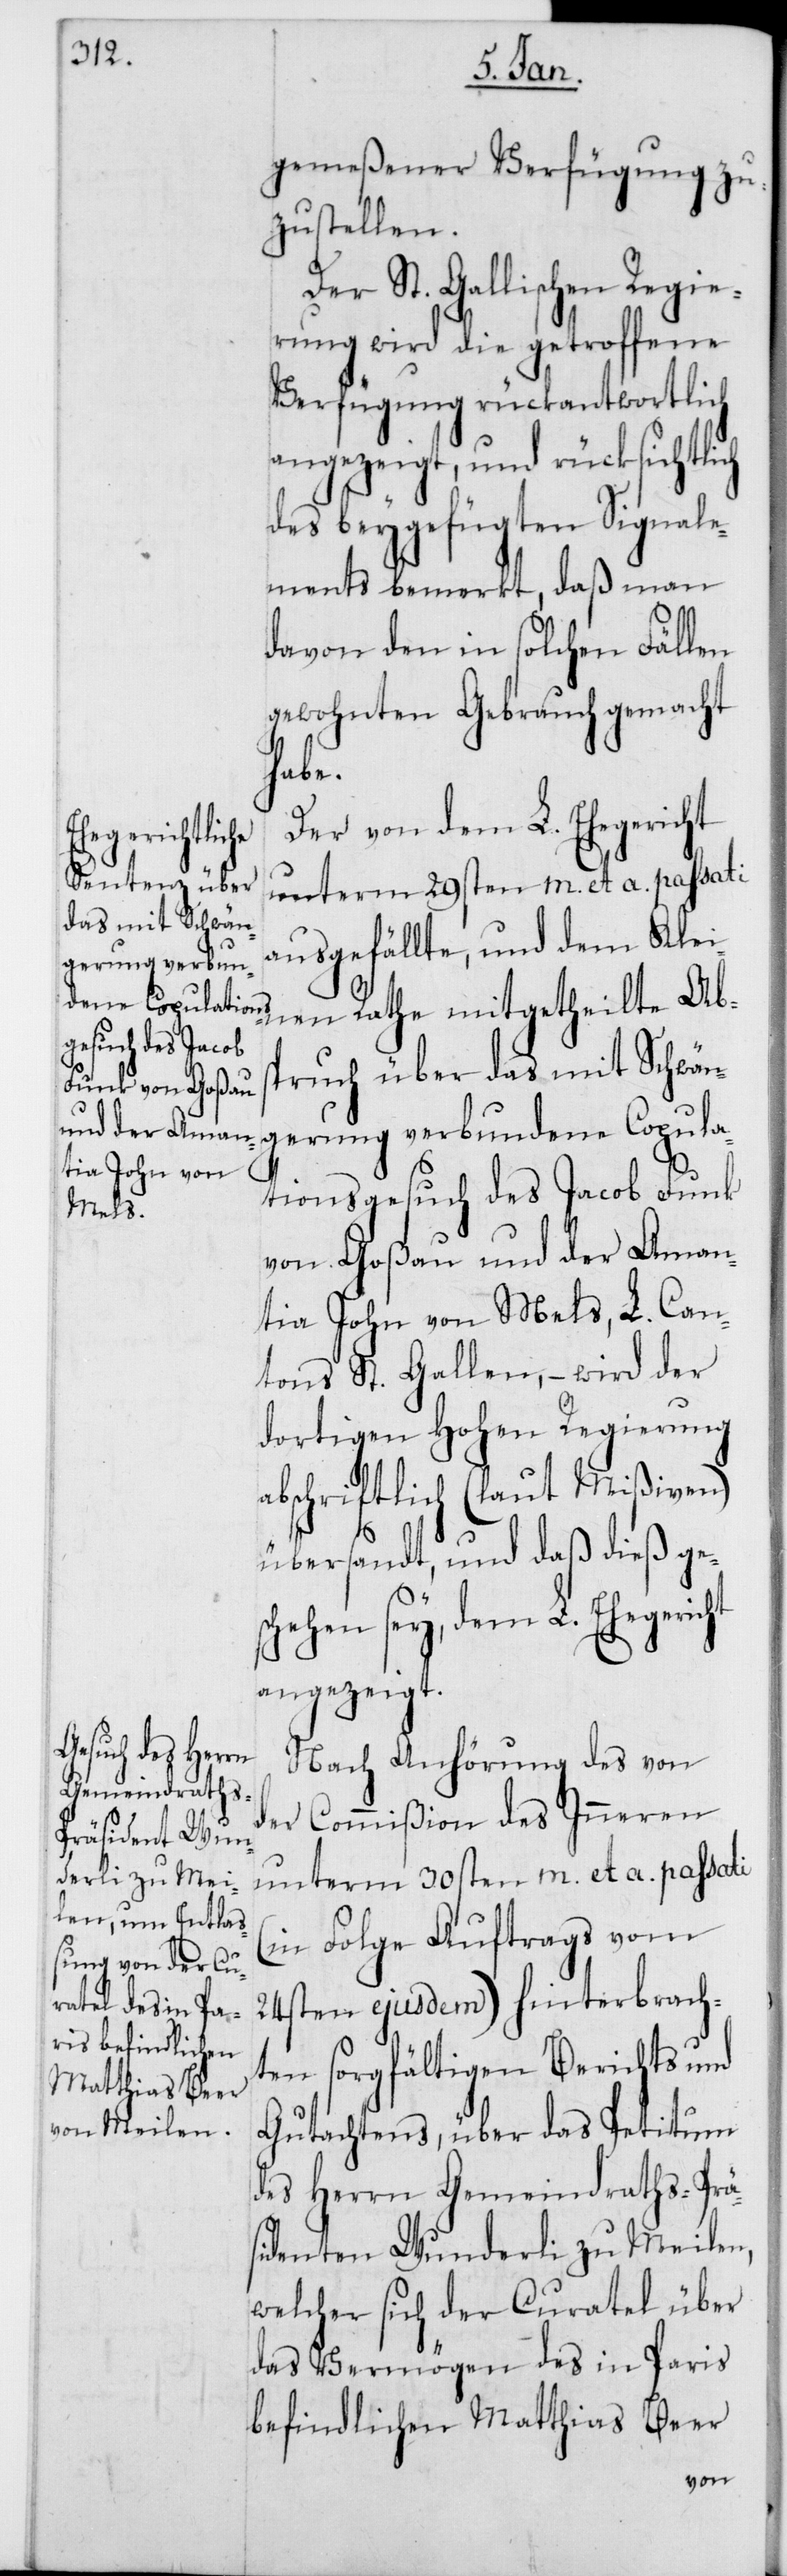
gemeßener Verfügung zu¬
zustellen.
Der St. Gallischen Regie¬
rung wird die getroffene
Verfügung rückantwortlich
angezeigt, und rücksichtlich
des beygefügten Signale¬
ments bemerkt, daß man
davon den in solche Fällen
gewohnten Gebrauch gemacht
habe.
Der von dem L. Ehegericht
unterm 29sten m. et a. passati
ausgefällte, und dem Klei¬
nen Rathe mitgetheilte Abs¬
pruch über das mit Schwän¬
gerung verbundene Copula¬
tionsgesuch des Jacob Funk
von Goßau und der Aman¬
tia John von Mels, L. Can¬
tons St. Gallen, – wird der
dortigen Hohen Regierung
abschriftlich (laut Mißiven)
übersandt, und daß dieß ge¬
schehen sey, dem L. Ehegericht
angezeigt.
Nach Anhörung des von
der Commißion des Inneren
unterm 30sten m. et a. passati
(in Folge Auftrags vom
24sten ejusdem) hinterbrach¬
ten sorgfältigen Berichts und
Gutachtens, über das Petitum
des Herrn Gemeindraths-Präs¬
identen Wunderli zu Meilen,
welcher sich der Curatel über
das Vermögen des in Paris
befindlichen Matthias Beer